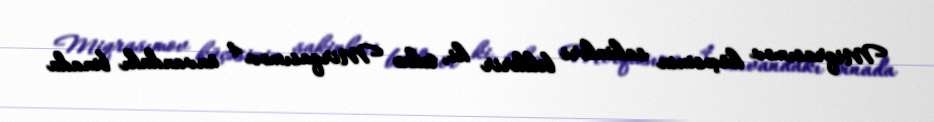
Miqrasımov küçəsinin sakinləri bildirir ki, təkcə Mirqasımov 4 ünvandakı binada